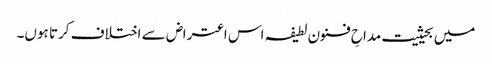
میں بحیثیت مداحِ فنون لطیفہ اس اعتراض سے اختلاف کرتا ہوں۔